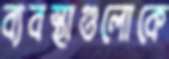
ব্যবস্থাগুলোকে